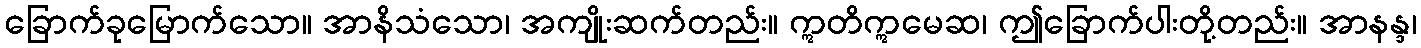
ခြောက်ခုမြောက်သော။ အာနိသံသော၊ အကျိုးဆက်တည်း။ ဣတိဣမေဆ၊ ဤခြောက်ပါးတို့တည်း။ အာနန္ဒ၊